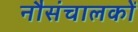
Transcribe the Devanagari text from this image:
नौसंचालकों